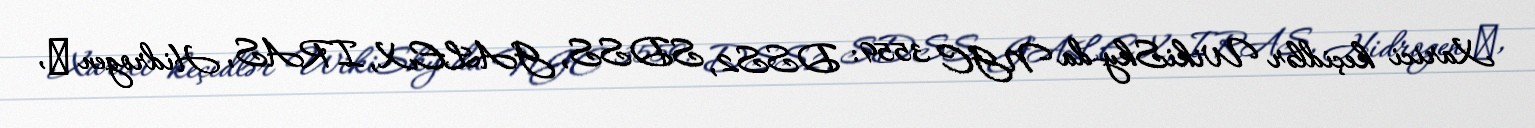
Xarici keçidlər WikiSky-da NGC 3559: DSS2, SDSS, GALEX, IRAS, Hidrogen α,